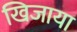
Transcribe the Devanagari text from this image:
खिजाया